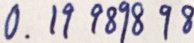
0 . 1 9 9 8 9 8 9 8